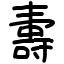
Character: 夀